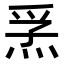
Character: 𭴮